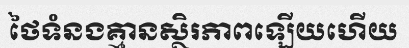
ថៃទំនងគ្មានស្ថិរភាពឡើយហើយ